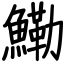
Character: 鰳